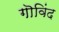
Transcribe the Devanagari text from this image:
गॊविंद